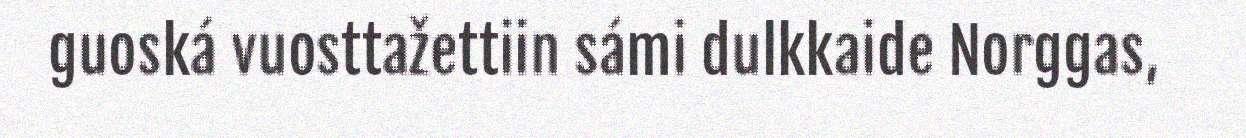
guoská vuosttažettiin sámi dulkkaide Norggas,